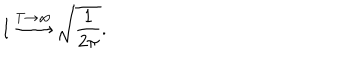
LaTeX: I \stackrel { T \rightarrow \infty } { \longrightarrow } \sqrt { \frac { 1 } { 2 \pi } } .